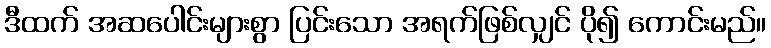
ဒီထက် အဆပေါင်းများစွာ ပြင်းသော အရက်ဖြစ်လျှင် ပို၍ ကောင်းမည်။